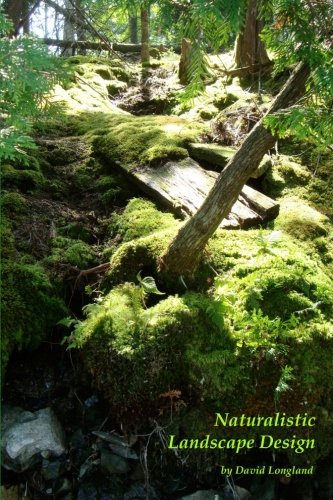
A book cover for Naturalistic Landscape Design: How to Arrange Plantings in Natural Patterns; David R Longland; Crafts, Hobbies & Home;